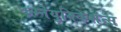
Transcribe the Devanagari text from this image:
कम्नेयुनिकेशंन्स